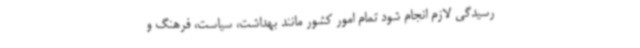
رسیدگی لازم انجام شود تمام امور کشور مانند بهداشت، سیاست، فرهنگ و